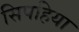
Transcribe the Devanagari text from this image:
सिपहिया